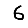
Digit: 6